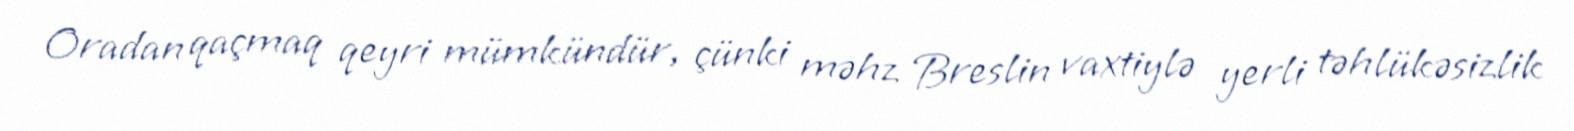
Oradan qaçmaq qeyri mümkündür, çünki məhz Breslin vaxtiylə yerli təhlükəsizlik